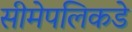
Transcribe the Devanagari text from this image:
सीमेपलिकडे